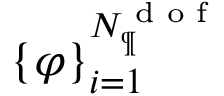
\{ \varphi \} _ { i = 1 } ^ { N _ { \P } ^ { \textrm { d o f } } }